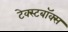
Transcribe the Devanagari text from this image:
टेक्स्टबॉक्स